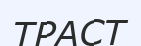
ТРАСТ